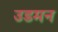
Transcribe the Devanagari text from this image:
उडमन